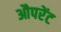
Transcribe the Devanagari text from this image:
औपरेंट